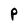
Character: P